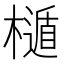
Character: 𣜲